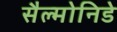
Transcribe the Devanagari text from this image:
सैल्मोनिडे